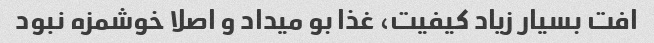
افت بسیار زیاد کیفیت، غذا بو میداد و اصلا خوشمزه نبود